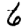
Digit: 6